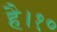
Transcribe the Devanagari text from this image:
है।१०